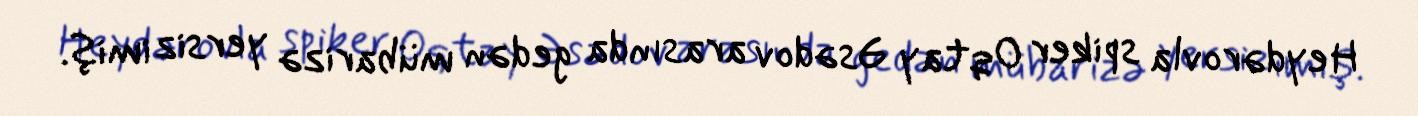
Heydərovla spiker Oqtay Əsədov arasında gedən mübarizə yersiz imiş.